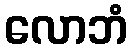
လောဘံ